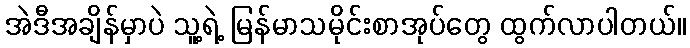
အဲဒီအချိန်မှာပဲ သူ့ရဲ့ မြန်မာသမိုင်းစာအုပ်တွေ ထွက်လာပါတယ်။